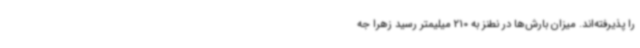
را پذیرفته‌اند. میزان بارش‌ها در نطنز به 210 میلیمتر رسید زهرا جه